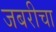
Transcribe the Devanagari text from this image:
जबरीचा